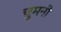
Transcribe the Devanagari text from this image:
चुमनी